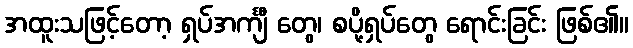
အထူးသဖြင့်တော့ ရှပ်အင်္ကျီ တွေ၊ စပို့ရှပ်တွေ ရောင်းခြင်း ဖြစ်၏။